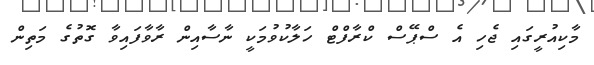
މާކިއުރީގައި ޖެހި އެ ސްޕޭސް ކްރާފްޓް ހަލާކުވުމަކީ ނާސާއިން ރާވާފައިވާ ގޮތުގެ މަތިން